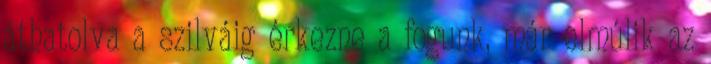
áthatolva a szilváig érkezne a fogunk, már elmúlik az